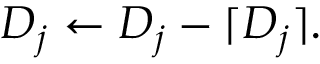
D _ { j } \leftarrow D _ { j } - \lceil D _ { j } \rceil .